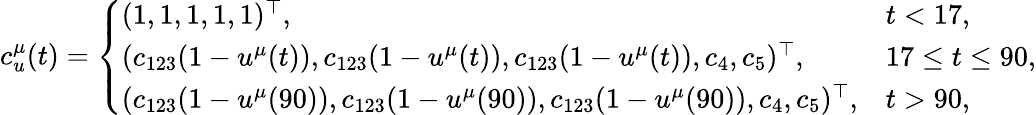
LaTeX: c_{u}^{\mu}(t)=\left\{ \begin{array}{ll}{(1,1,1,1,1)^{\top},}&{t<17,}\\ {(c_{123}(1-u^{\mu}(t)),c_{123}(1-u^{\mu}(t)),c_{123}(1-u^{\mu}(t)),c_{4},c_{5})^{\top},}&{17\le t\le 90,}\\ {(c_{123}(1-u^{\mu}(90)),c_{123}(1-u^{\mu}(90)),c_{123}(1-u^{\mu}(90)),c_{4},c_{5})^{\top},}&{t>90,}\end{array}\right.